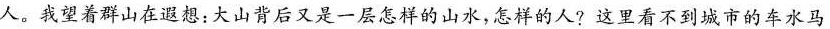
人。我望着群山在遐想：大山背后又是一层怎样的山水，怎样的人?这里看不到城市的车水马